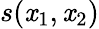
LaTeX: s(\mathit{x}_{1},\mathit{x}_{2})